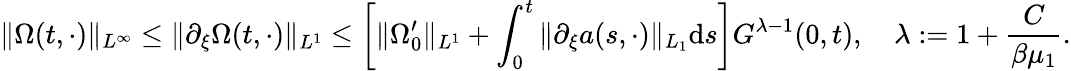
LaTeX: \| \Omega(t,\cdot)\| _{L^{\infty}}\leq\| \partial_{\xi}\Omega(t,\cdot)\| _{L^{1}}\leq\left[\| \Omega_{0}^{\prime}\| _{L^{1}}+\int_{0}^{t}\| \partial_{\xi}a(s,\cdot)\| _{L_{1}}\mathrm{d}s\right]G^{\lambda-1}(0,t),\quad\lambda:=1+\frac{{C}}{{\beta\mu_{1}}}.